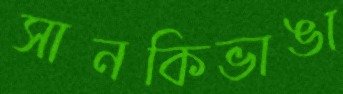
সানকিভাঙা